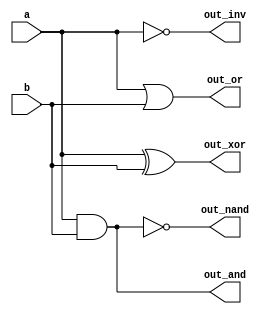
module logic_gates(a,b, out_nand, out_inv, out_and, out_or, out_xor);
  input wire a, b;
  output wire out_nand, out_inv, out_and, out_or, out_xor;
  
  nand(out_nand, a,b);
  not(out_inv, a);
  and(out_and, a,b);
  or(out_or, a , b);
  xor(out_xor, a , b);
    
endmodule